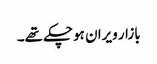
بازار ویران ہوچکے تھے۔